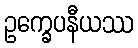
ဥက္ခေပနီယဿ